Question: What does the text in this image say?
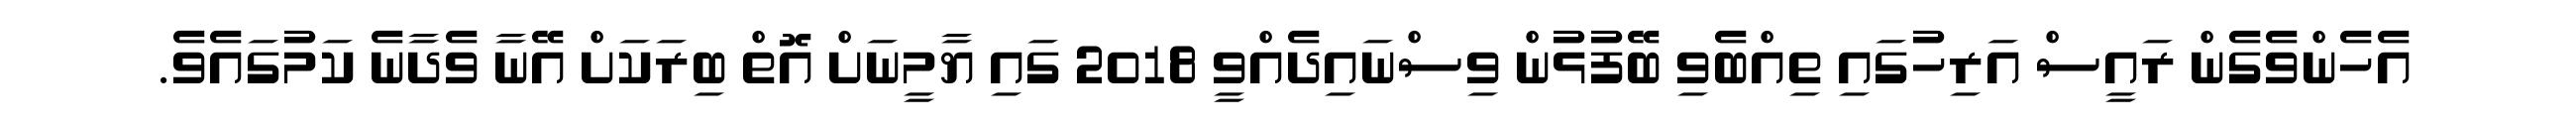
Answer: އެހެންވެގެން ރައީސް އަރިހުގައި ތިއްބެވި ބޭފުޅުން ވިސްނައިދެއްވީ 2018 ގައި ޔާމީނަށް އޮތް ބިރަކަށް އޭނާ ވެދާނެ ކަމުގައެވެ.